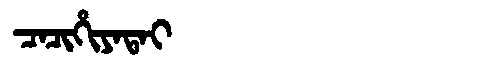
Manchu: ᠴᠠᠴᡳᡥᡳᠶᠠᡨᠠᡳ
Romanization: CACIHIYATAI